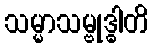
သမ္မာသမ္ဗုဒ္ဓါတိ